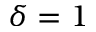
\delta = 1